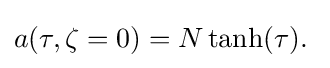
a(\tau ,\zeta =0)=N\tanh(\tau ).\